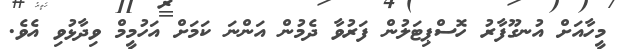
މީހާއަށް އުނގޫފާރު ހޮސްޕިޓަލުން ފަރުވާ ދެމުން އަންނަ ކަމަށް އަހުމީމް ވިދާޅުވި އެވެ.